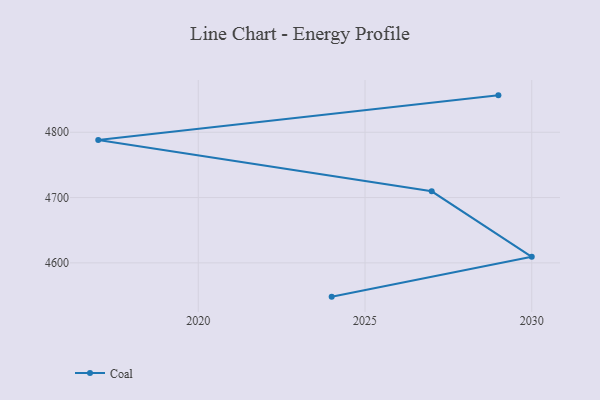
{"axis": {"x": "Year", "y": "Website Visitors"}, "legend": ["Coal"], "data": [{"x": "2024", "y": 4548.3, "type": "Coal"}, {"x": "2030", "y": 4609.3, "type": "Coal"}, {"x": "2027", "y": 4709.6, "type": "Coal"}, {"x": "2017", "y": 4788.3, "type": "Coal"}, {"x": "2029", "y": 4856.5, "type": "Coal"}]}